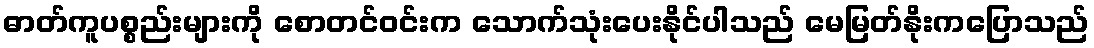
ဓာတ်ကူပစ္စည်းများကို စောတင်ဝင်းက သောက်သုံးပေးနိုင်ပါသည် မေမြတ်နိုးကပြောသည်